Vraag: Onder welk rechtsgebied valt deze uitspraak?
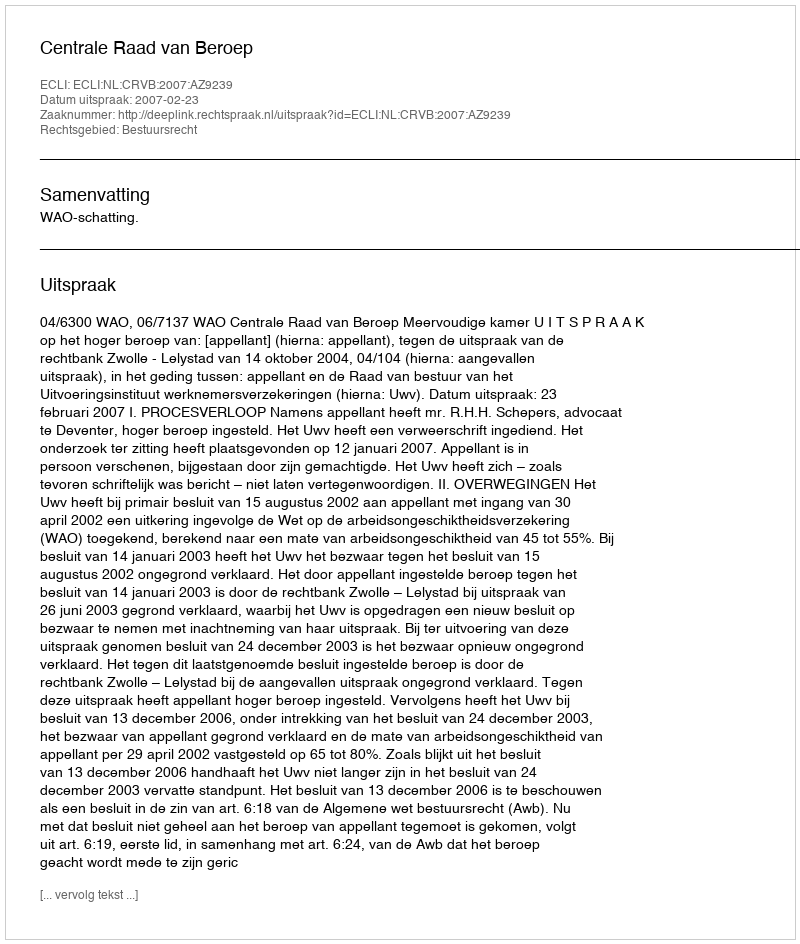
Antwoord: Bestuursrecht